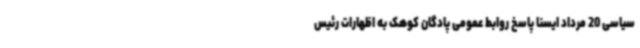
سیاسی 20 مرداد ایسنا پاسخ روابط عمومی پادگان کوهک به اظهارات رئیس